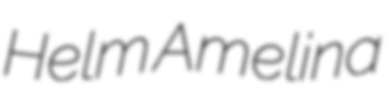
Helm Amelina